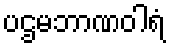
ပဌမဘာဏဝါရံ